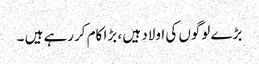
بڑے لوگوں کی اولاد ہیں ، بڑا کام کررہے ہیں ۔